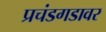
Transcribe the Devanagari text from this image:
प्रचंडगडावर